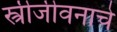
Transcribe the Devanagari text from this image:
स्त्रीजीवनाचे